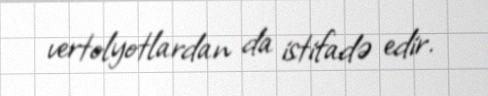
vertolyotlardan da istifadə edir.